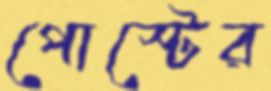
পোস্টের